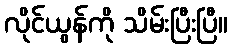
လိုင်ယွန်ကို သိမ်းပြီးပြီ။